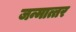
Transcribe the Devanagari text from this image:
जन्मात्तर